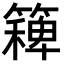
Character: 𮆛